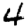
Digit: 4